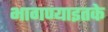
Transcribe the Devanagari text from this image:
भागण्याइतके